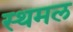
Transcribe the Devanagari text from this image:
स्थमल